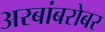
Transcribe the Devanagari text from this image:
अरबांबरोबर